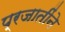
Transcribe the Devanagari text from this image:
प्रजातींने